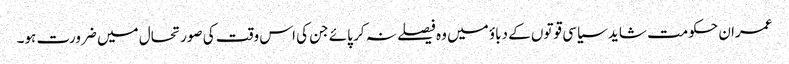
عمران حکومت شاید سیاسی قوتوں کے دباؤ میں وہ فیصلے نہ کر پائے جن کی اس وقت کی صورتحال میں ضرورت ہو۔